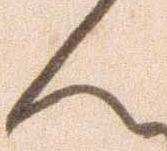
ん